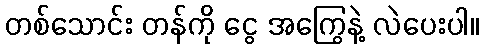
တစ်သောင်း တန်ကို ငွေ အကြွေနဲ့ လဲပေးပါ။